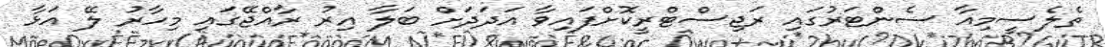
ތެލެސީމިއާ ސެންޓަރުގައި ރަޖިސްޓްރީކޮށްފައިވާ އަދަދަށް ބަލާ އިރު ރާއްޖޭގައި މިހާރު ލޭ އަޅާ